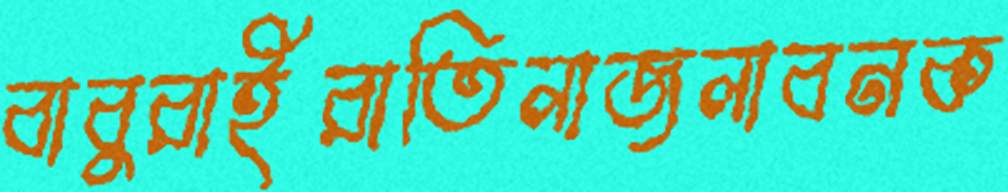
বাবুরাইরাতিলাজলাবনক